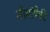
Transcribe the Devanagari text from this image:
सीमांपैकी